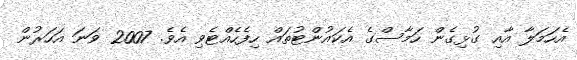
އެހަމަލާ އާއި ގުޅިގެން ހަމާސްގެ އެކައުންޓުތައް ހިފެހެއްޓެވި އެވެ. 2007 ވަނަ އަހަރުން